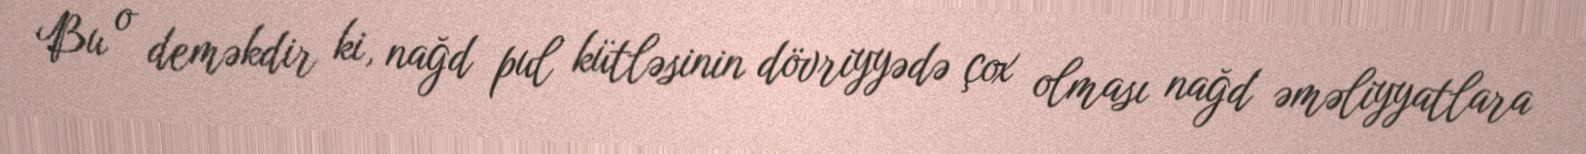
Bu o deməkdir ki, nağd pul kütləsinin dövriyyədə çox olması nağd əməliyyatlara